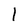
Character: 1